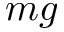
m g